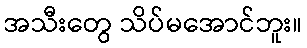
အသီးတွေ သိပ်မအောင်ဘူး။